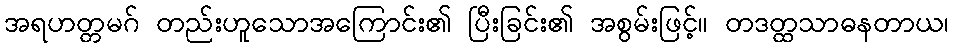
အရဟတ္တမဂ် တည်းဟူသောအကြောင်း၏ ပြီးခြင်း၏ အစွမ်းဖြင့်။ တဒတ္ထသာဓနတာယ၊